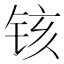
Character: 𫟺